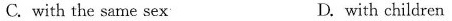
C. with the same sex D. with children